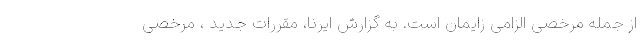
از جمله مرخصی الزامی زایمان است. به گزارش ایرنا، مقررات جدید ، مرخصی